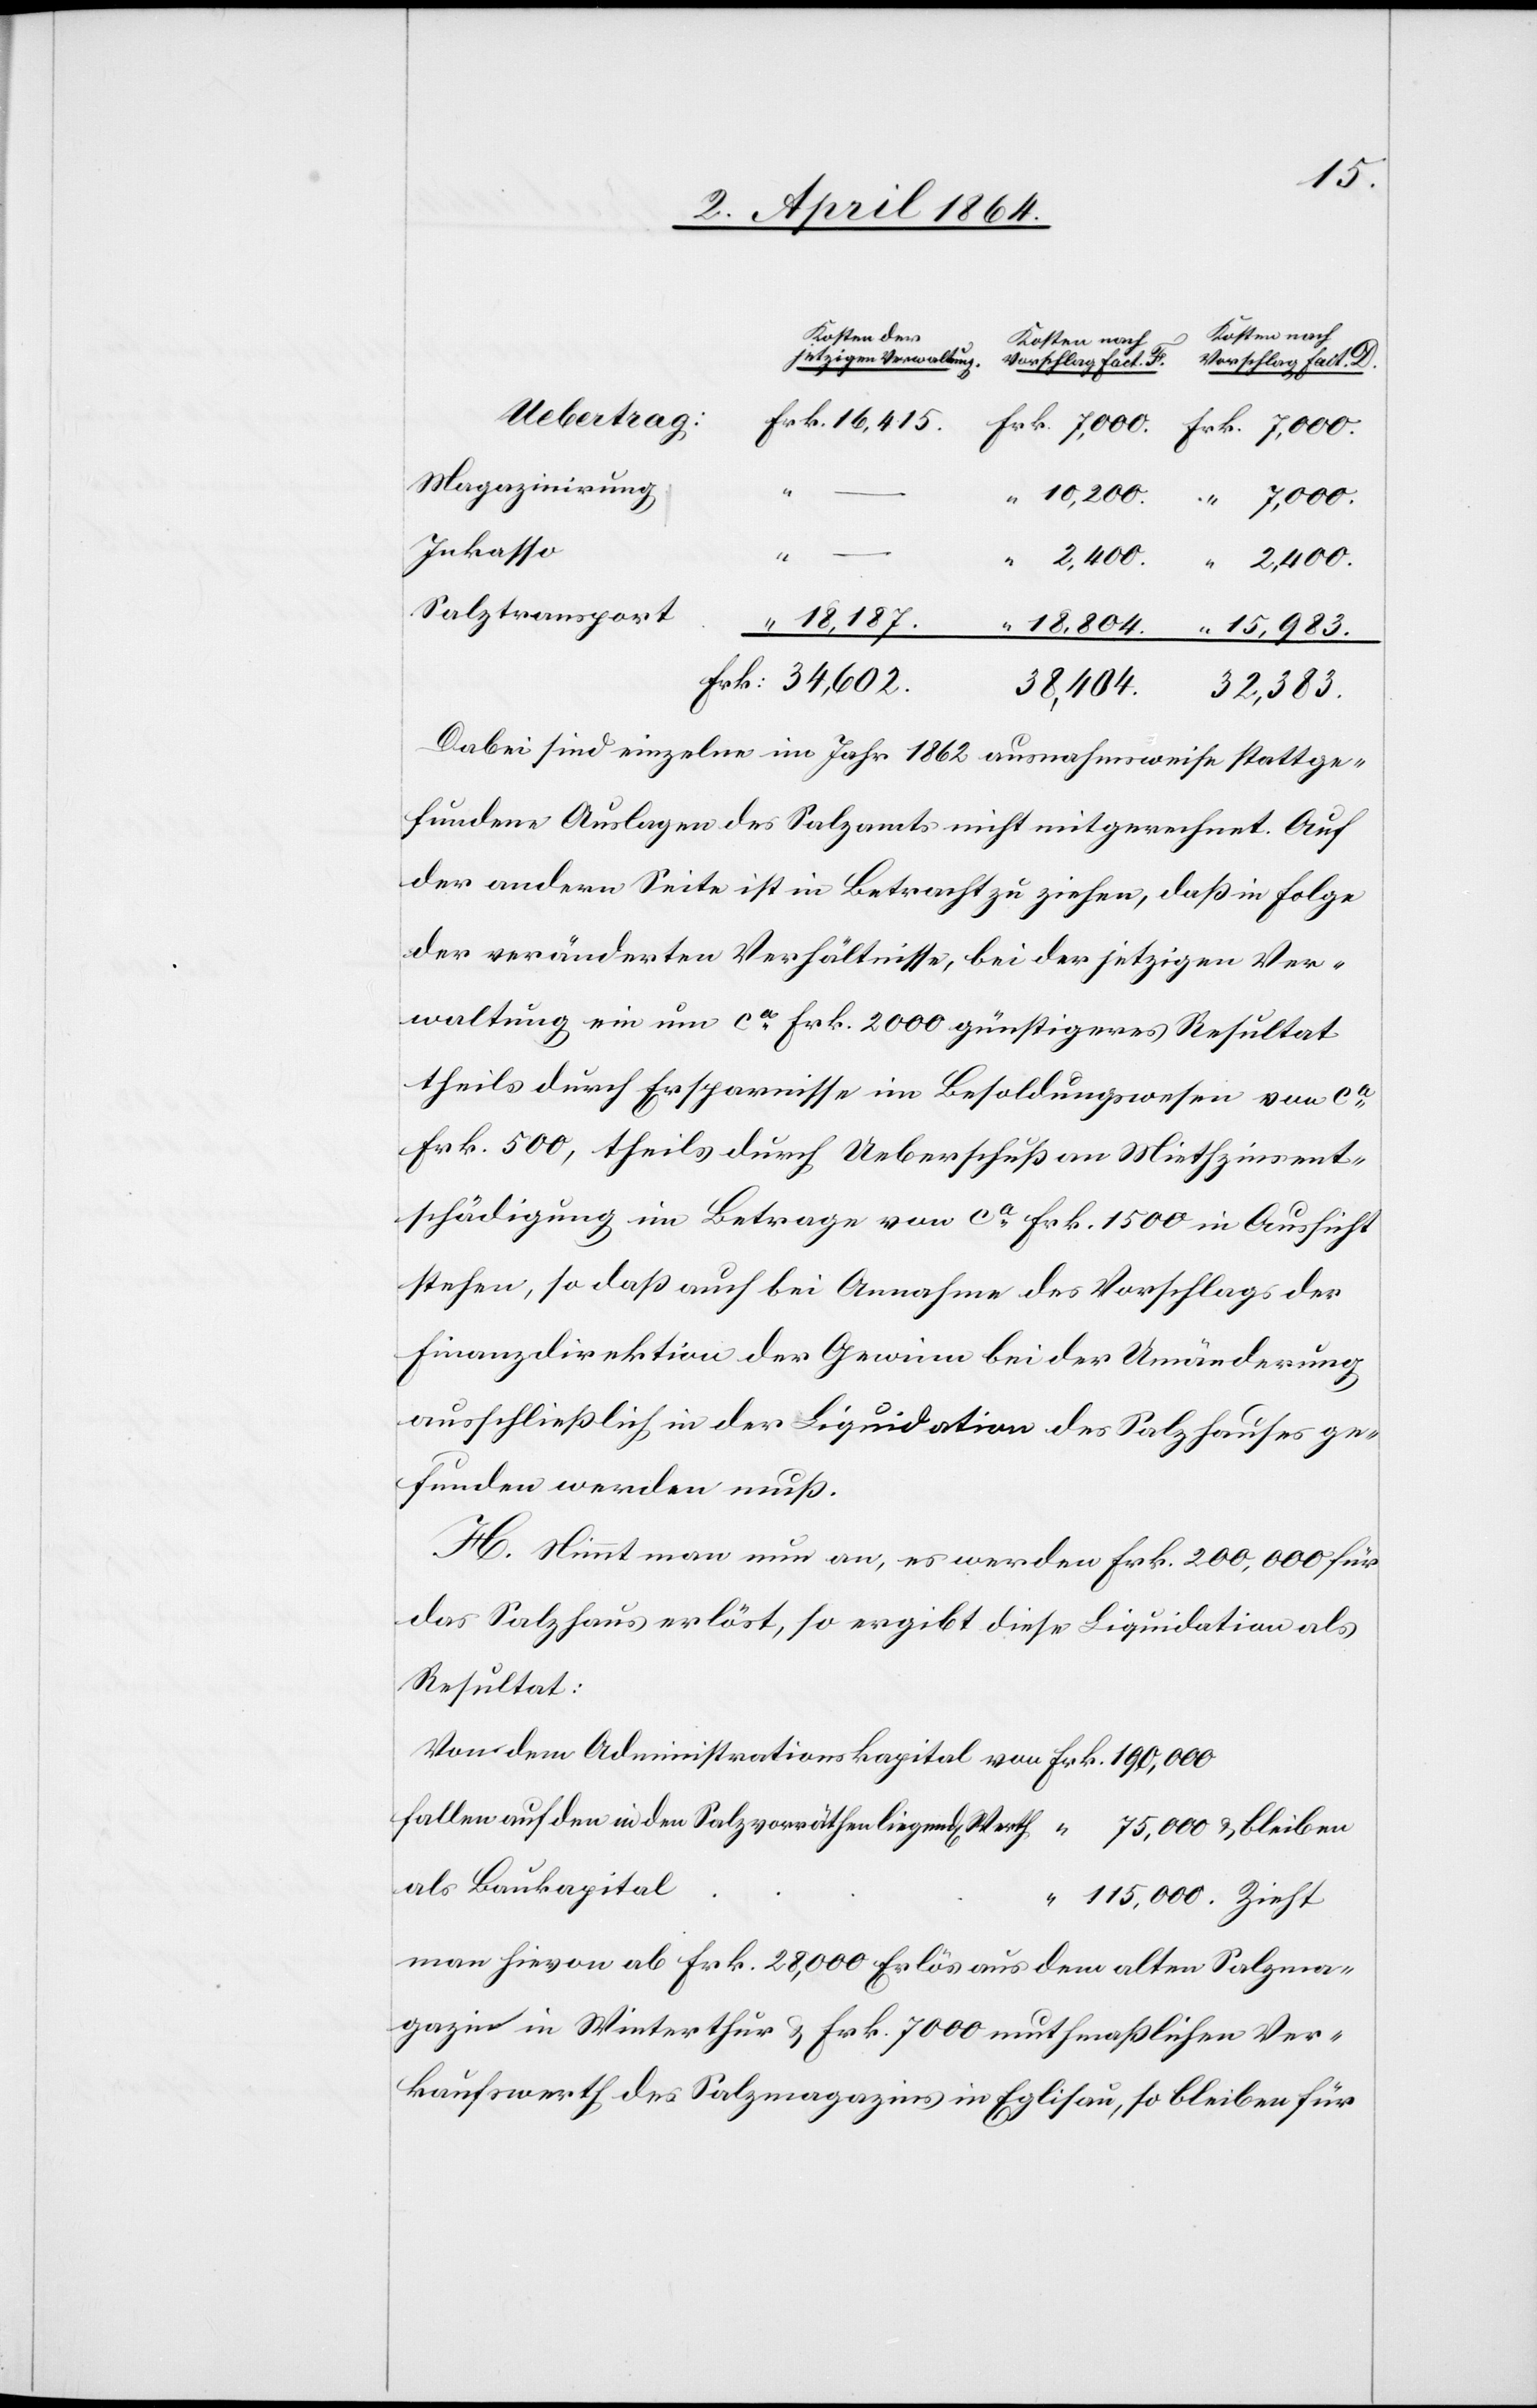
Kosten nach
Kosten der
jetzigen Verwaltung.
Vorschlag fact. D.
Uebertrag:
Magazinirung
Inkasso
Dabei sind einzelne im Jahr 1862 ausnahmsweise stattge¬
fundene Auslagen des Salzamts nicht mitgerechnet. Auf
der andern Seite ist in Betracht zu ziehen, daß in Folge
der veränderten Verhältnisse, bei der jetzigen Ver¬
waltung ein um ca Frk. 2000 günstigeres Resultat
theils durch Ersparnisse im Besoldungswesen von ca
Frk. 5000, theils durch Ueberschuß an Miethzinsent¬
schädigung im Betrage von ca Frk. 1500 in Aussicht
stehen, so daß auch bei Annahme des Vorschlags der
Finanzdirektion der Gewinn bei der Umänderung
ausschließlich in der Liquidation des Salzhauses ge¬
funden werden muß.
H. Nimmt man an, es werden Frk. 200,000 für
das Salzhaus erlöst, so ergibt diese Liquidation als
Resultat:
Von dem Administrationskapital von					Frk.	190,000
fallen auf den in den Salzvorräthen liegende Werth	 “	 75,000 u. bleiben
“	115,000. Zieht
man hievon ab Frk. 28,000 Erlös aus dem alten Salzma¬
gazin in Winterthur u. Frk. 7000 muthmaßlichen Ver¬
kaufswerth des Salzmagazins in Eglisau, so bleiben für